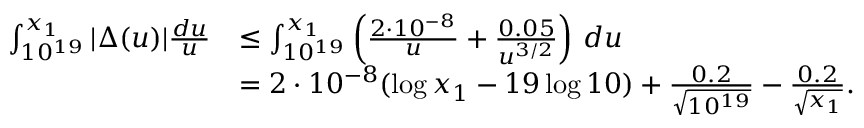
\begin{array} { r l } { \int _ { 1 0 ^ { 1 9 } } ^ { x _ { 1 } } | \Delta ( u ) | \frac { d u } { u } } & { \leq \int _ { 1 0 ^ { 1 9 } } ^ { x _ { 1 } } \left( \frac { 2 \cdot 1 0 ^ { - 8 } } { u } + \frac { 0 . 0 5 } { u ^ { 3 / 2 } } \right) \, d u } \\ & { = 2 \cdot 1 0 ^ { - 8 } ( \log x _ { 1 } - 1 9 \log 1 0 ) + \frac { 0 . 2 } { \sqrt { 1 0 ^ { 1 9 } } } - \frac { 0 . 2 } { \sqrt { x _ { 1 } } } . } \end{array}